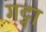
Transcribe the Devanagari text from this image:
गट्ना